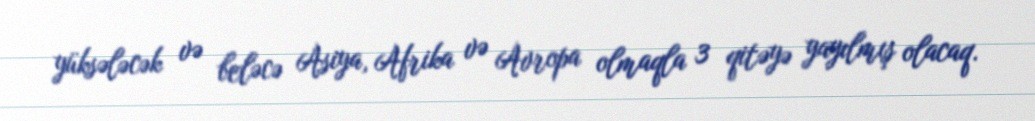
yüksələcək və beləcə Asiya, Afrika və Avropa olmaqla 3 qitəyə yayılmış olacaq.